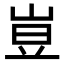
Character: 𡸈